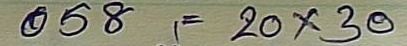
058 = 20x30